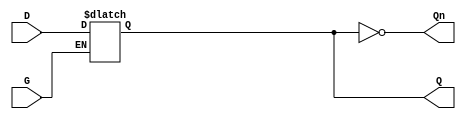
module async_gated_latch (
    input wire D,      // Data input
    input wire G,      // Gate control signal
    output reg Q,      // Output
    output wire Qn     // Complementary output
);

// Complementary output
assign Qn = ~Q;

// Asynchronous behavior
always @(*) begin
    if (G) begin
        Q = D; // When G is high, Q follows D
    end
    // When G is low, Q retains its last value (no assignment needed)
end

endmodule